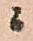
ニ